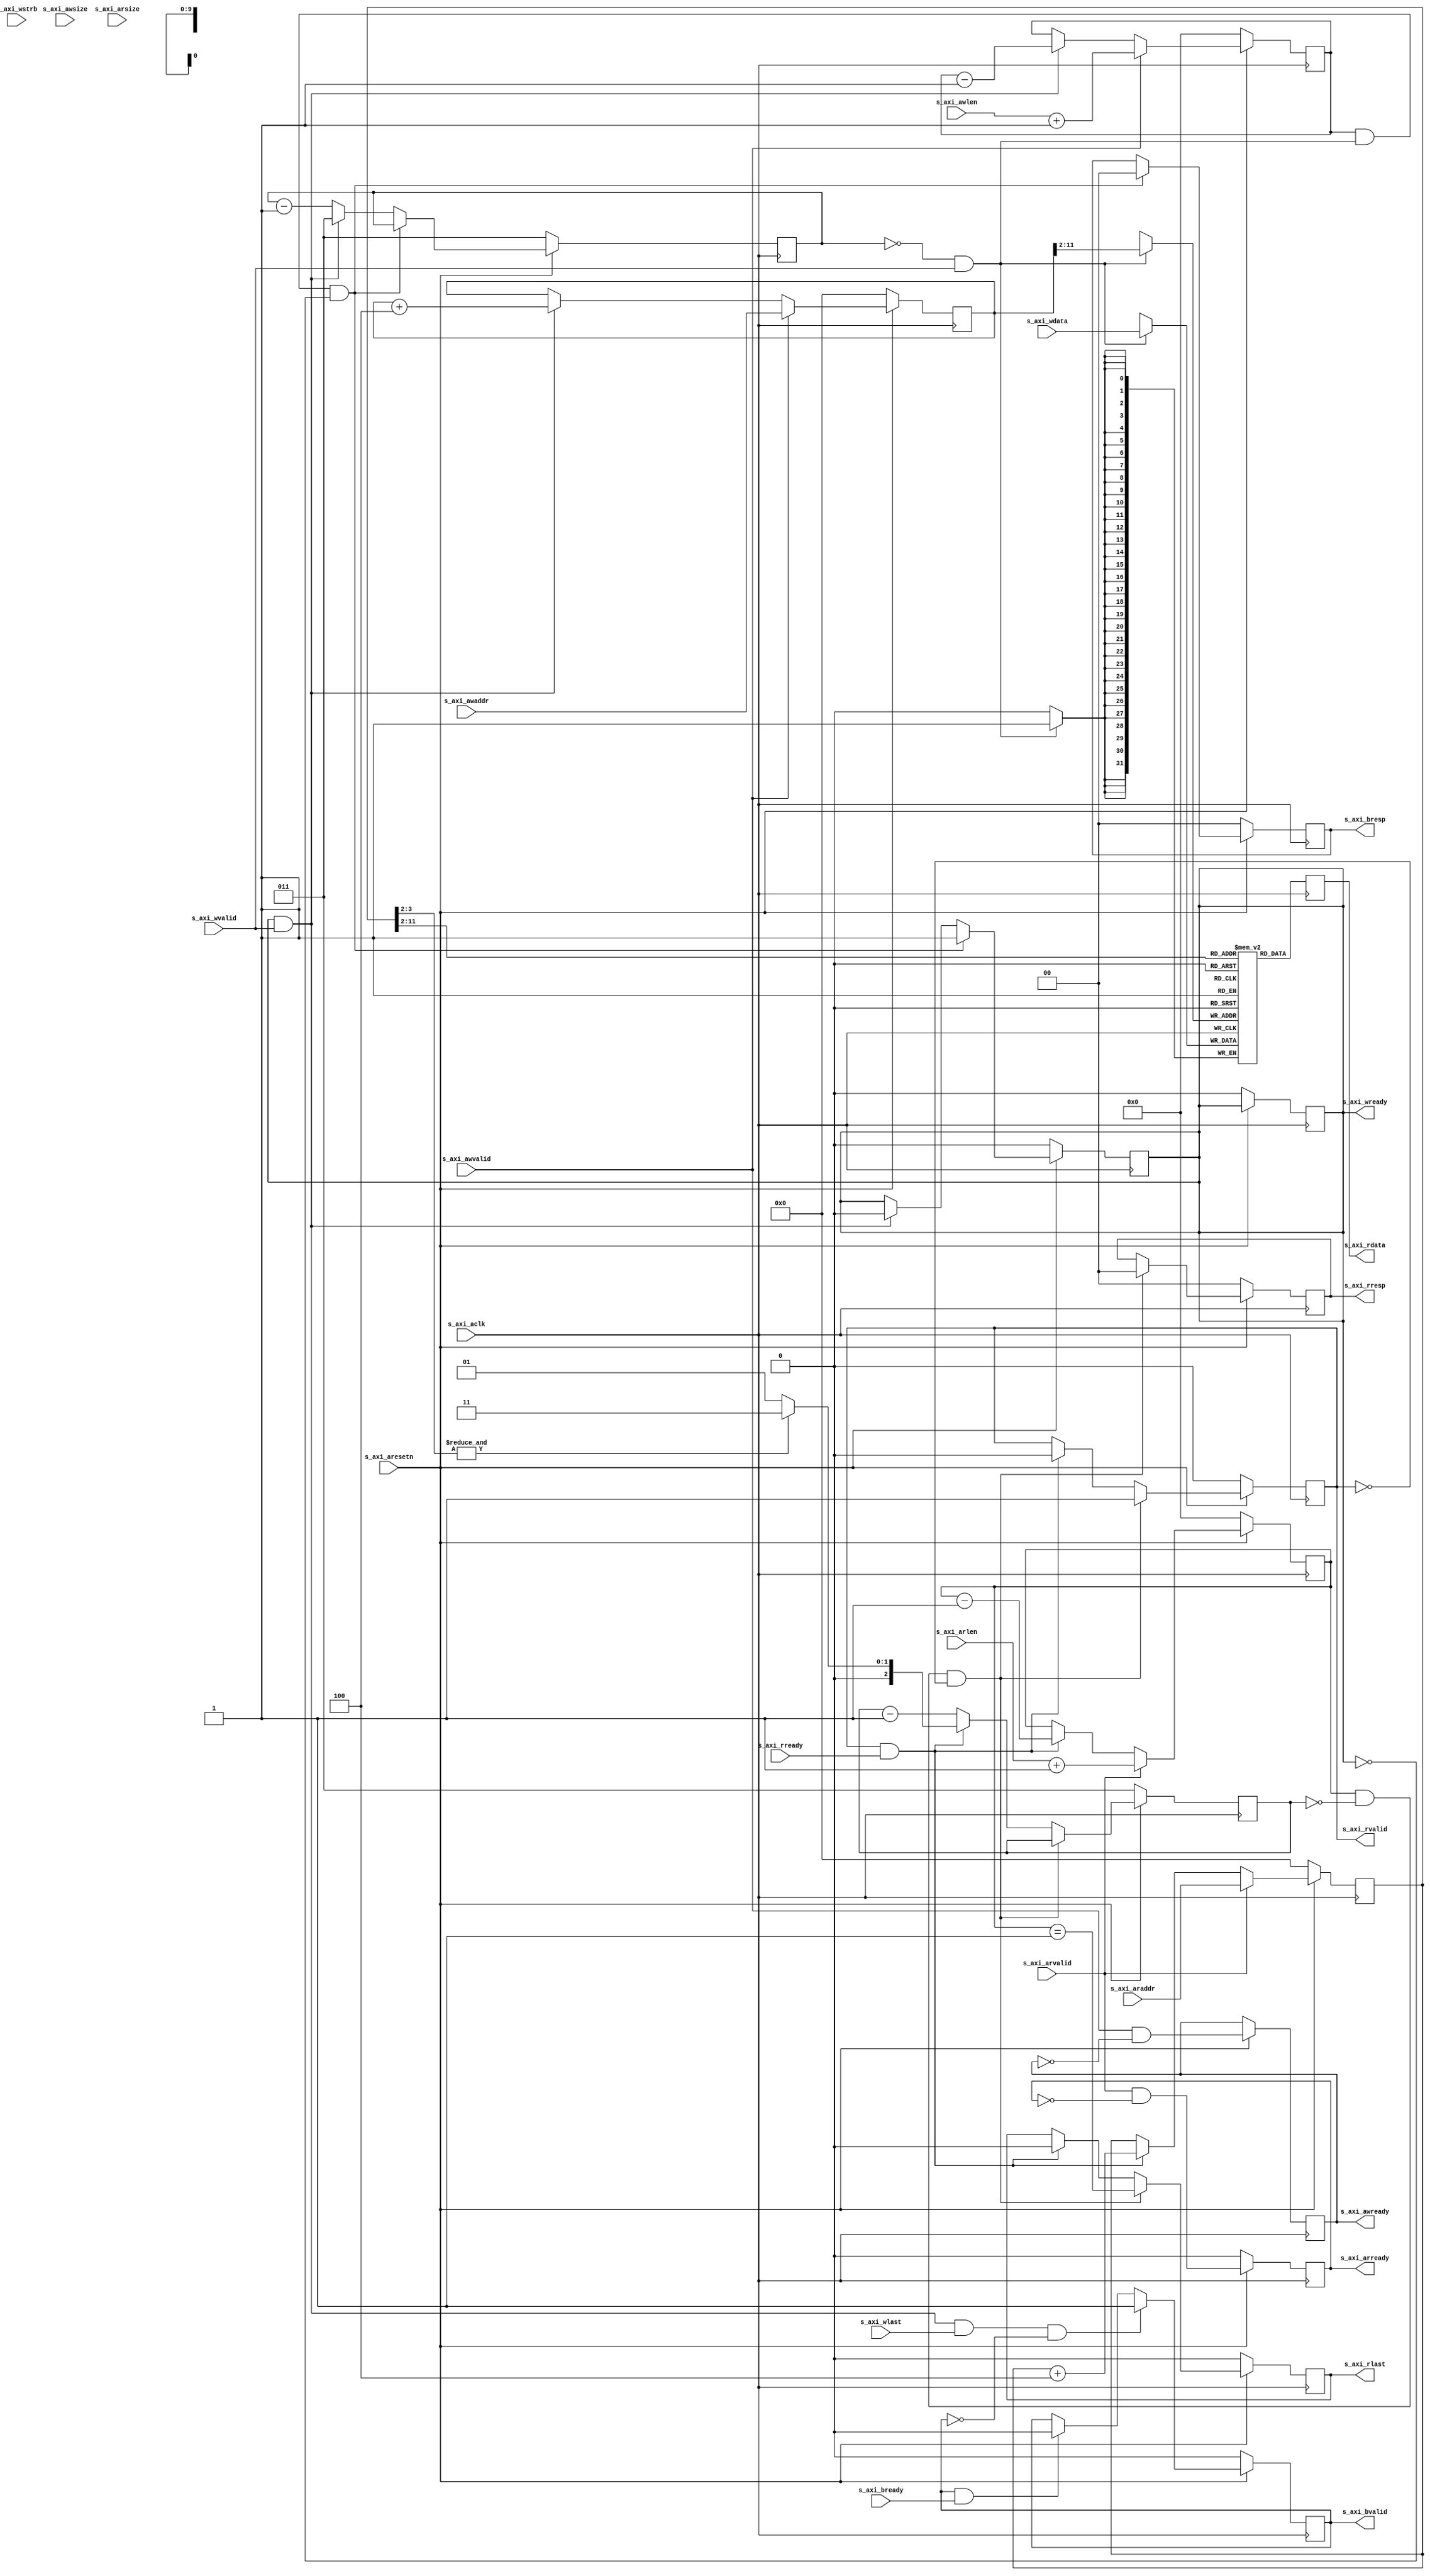
// this is for simulation only

module fake_ram #
  (
    // Width of S_AXI data bus
    parameter integer C_S_AXI_DATA_WIDTH	= 32,
    // Width of S_AXI address bus
    parameter integer C_S_AXI_ADDR_WIDTH	= 32
  )
  (
    input wire  s_axi_aclk,
		input wire  s_axi_aresetn,
		input wire [C_S_AXI_ADDR_WIDTH-1 : 0] s_axi_awaddr,
    input wire [7 : 0] s_axi_awlen,
    input wire [2 : 0] s_axi_awsize,
		//input wire [2 : 0] s_axi_awprot,
		input wire  s_axi_awvalid,
		output reg  s_axi_awready,
		input wire [C_S_AXI_DATA_WIDTH-1 : 0] s_axi_wdata,
		input wire [(C_S_AXI_DATA_WIDTH/8)-1 : 0] s_axi_wstrb,
    input wire  s_axi_wlast,
		input wire  s_axi_wvalid,
		output reg  s_axi_wready,
		output reg [1 : 0] s_axi_bresp,
		output reg  s_axi_bvalid,
		input wire  s_axi_bready,
		input wire [C_S_AXI_ADDR_WIDTH-1 : 0] s_axi_araddr,
    input wire [7 : 0] s_axi_arlen,
    input wire [2 : 0] s_axi_arsize,
		//input wire [2 : 0] s_axi_arprot,
		input wire  s_axi_arvalid,
		output reg  s_axi_arready,
		output reg [C_S_AXI_DATA_WIDTH-1 : 0] s_axi_rdata,
		output reg [1 : 0] s_axi_rresp,
    output reg s_axi_rlast,
		output reg  s_axi_rvalid,
		input wire  s_axi_rready
  );

reg [31:0] mem[0:1023];
reg [31:0] raddr;
reg [8:0] rburst;
reg [2:0] delay;
wire yes;
assign yes = delay == 0;

reg [31:0] waddr;
reg [8:0] wburst;
reg [2:0] wdelay;
wire yes2;
assign yes2 = wdelay == 0 && s_axi_wvalid;

// fill pattern in memory
integer i;
initial for (i = 0; i < 1024; i = i+1) begin
  mem[i] = i*4 * 100;
end

// get read address
always @(posedge s_axi_aclk) begin
  if (s_axi_aresetn == 0) begin
    raddr <= 0;
    s_axi_arready <= 0;
    rburst <= 0;
  end
  else begin
    raddr <= s_axi_arvalid ? s_axi_araddr : (
      s_axi_rvalid && s_axi_rready ? raddr + 4 : raddr);
    s_axi_arready <= s_axi_arvalid && !s_axi_arready;
    rburst <= s_axi_arvalid ? s_axi_arlen + 1 : (
      s_axi_rvalid && s_axi_rready ? rburst - 1 : rburst);
  end
end

// reading
always @(posedge s_axi_aclk) begin
  if (s_axi_aresetn == 0) begin
    s_axi_rvalid <= 0;
    s_axi_rresp <= 2'b0;
    delay <= 3;
    s_axi_rlast <= 0;
  end
  else begin
    if (rburst && yes && !s_axi_rvalid) begin
      s_axi_rvalid <= 1;
      s_axi_rresp <= 0;
      s_axi_rlast <= rburst == 1;
    end
    else if (s_axi_rvalid && s_axi_rready) begin
      $display("read at %d = %d", raddr, s_axi_rdata);
      s_axi_rvalid <= 0;
      delay <= &raddr[3:2] ? 3 : 1;
      s_axi_rlast <= 0;
    end
    else
      delay <= delay - 1;
  end
end

// read from memory
always @(posedge s_axi_aclk) begin
  s_axi_rdata <= mem[raddr>>2];
end

// write to memory
always @(posedge s_axi_aclk) begin
  if (yes2)
    mem[waddr>>2] <= s_axi_wdata;
end

// get write address
always @(posedge s_axi_aclk) begin
  if (s_axi_aresetn == 0) begin
    waddr <= 0;
    s_axi_wready <= 0;
    wburst <= 0;
  end
  else begin
    waddr <= s_axi_awvalid ? s_axi_awaddr : (
      s_axi_wready && s_axi_wvalid ? waddr + 4 : waddr);
    s_axi_awready <= s_axi_awvalid && !s_axi_awready;
    wburst <= s_axi_awvalid ? s_axi_awlen + 1 : (
      s_axi_wvalid && s_axi_wready ? wburst - 1 : wburst);
  end
end

// writing
always @(posedge s_axi_aclk) begin
  if (s_axi_aresetn == 0) begin
    s_axi_wready <= 0;
    s_axi_bresp <= 2'b0;
    wdelay <= 3;
  end
  else begin
    if (wburst && yes2 && !s_axi_wready) begin
      s_axi_wready <= 1;
      s_axi_bresp <= 2'b0;
    end
    else if (s_axi_wready && s_axi_wvalid) begin
      $display("write to %d = %d", waddr, s_axi_wdata);
      s_axi_wready <= 0;
      wdelay <= 3;
    end
    else
      wdelay <= wdelay - 1;
  end
end

// finish writing
always @(posedge s_axi_aclk)
if (s_axi_aresetn == 0) begin
  s_axi_bvalid <= 0;
end
else if (s_axi_wready && s_axi_wvalid && s_axi_wlast && !s_axi_bvalid) begin
  s_axi_bvalid <= 1;
end
else if (s_axi_bvalid && s_axi_bready) begin
  s_axi_bvalid <= 0;
end

endmodule